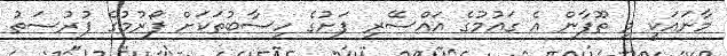
މާނައަކީ މި ތޫފާން އެ ގައުމުގެ އައްސޭރި ފަށުގެ ހިސާބުތަކަށް ފޯރުމުގެ ފުރުސަތު